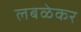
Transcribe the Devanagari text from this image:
लबळेकर